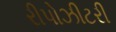
રીપોઝીટરી